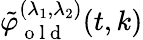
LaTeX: \tilde{\varphi}_{\mathrm{~o~l~d~}}^{(\lambda_{1},\lambda_{2})}(t,k)